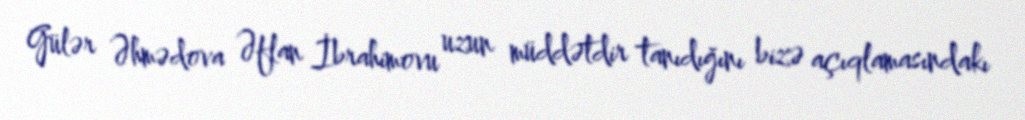
Gülər Əhmədova Əflan İbrahimovu uzun müddətdir tanıdığını bizə açıqlamasındakı